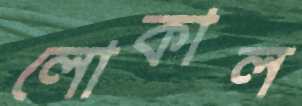
লোকাল